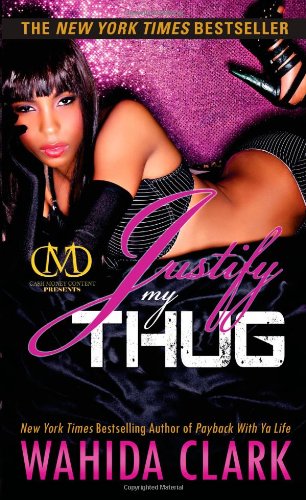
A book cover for Justify My Thug (Thug Series); Wahida Clark; Romance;